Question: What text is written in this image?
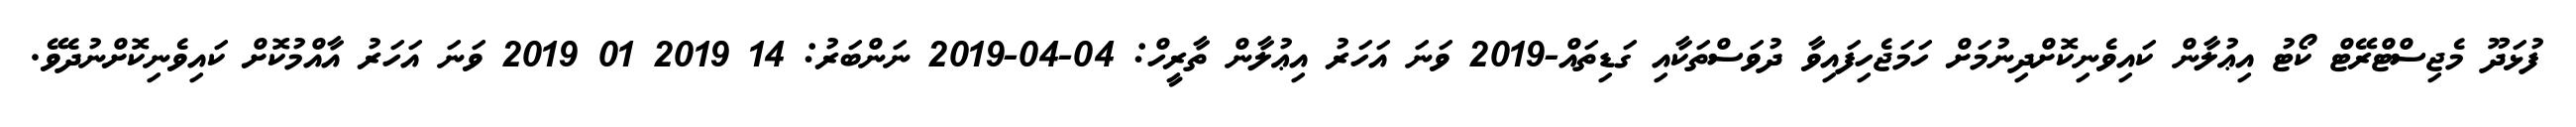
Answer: ފުޅަދޫ މެޖިސްޓްރޭޓް ކޯޓު އިޢުލާން ކައިވެނިކޮށްދިނުމަށް ހަމަޖެހިފައިވާ ދުވަސްތަކާއި ގަޑިތައް-2019 ވަނަ އަހަރު އިޢުލާން ތާރީހް: 04-04-2019 ނަންބަރު: 14 2019 01 2019 ވަނަ އަހަރު އާއްމުކޮށް ކައިވެނިކޮށްނުދެވޭ.